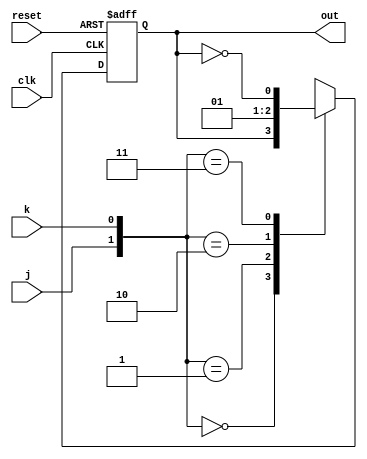
// Desgin a mod-8 binary counter using suitable number of JK Flip flops.

module jk_ff(output reg out,
             input j, k , clk, reset);

always @(posedge reset or negedge clk)
begin
    if (reset)
    out <= 1'b0;
    else
    begin
    case ({j,k})
        2'b00: out <= out;
        2'b01: out <= 1'b0;
        2'b10: out <= 1'b1;
        2'b11: out <= ~out;
    endcase
    end
end

endmodule

module counter_8(output [2:0]out,
                 input clk, reset);

jk_ff f0(out[0], 1'b1, 1'b1, clk, reset);
jk_ff f1(out[1], 1'b1, 1'b1, out[0], reset);
jk_ff f2(out[2], 1'b1, 1'b1, out[1], reset);


endmodule